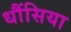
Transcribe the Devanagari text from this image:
धौंसिया